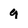
Character: q